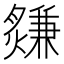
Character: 𤑃